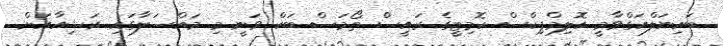
ބައިނަލްއަގްވާމީ އޮލިމްޕިކްސް ކޮމިޓީގެ ރައީސް ތޯމަސް ބަކް ވަނީ މި މައްސަލާގައި ރަޝިއާއަށް